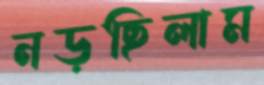
নড়ছিলাম